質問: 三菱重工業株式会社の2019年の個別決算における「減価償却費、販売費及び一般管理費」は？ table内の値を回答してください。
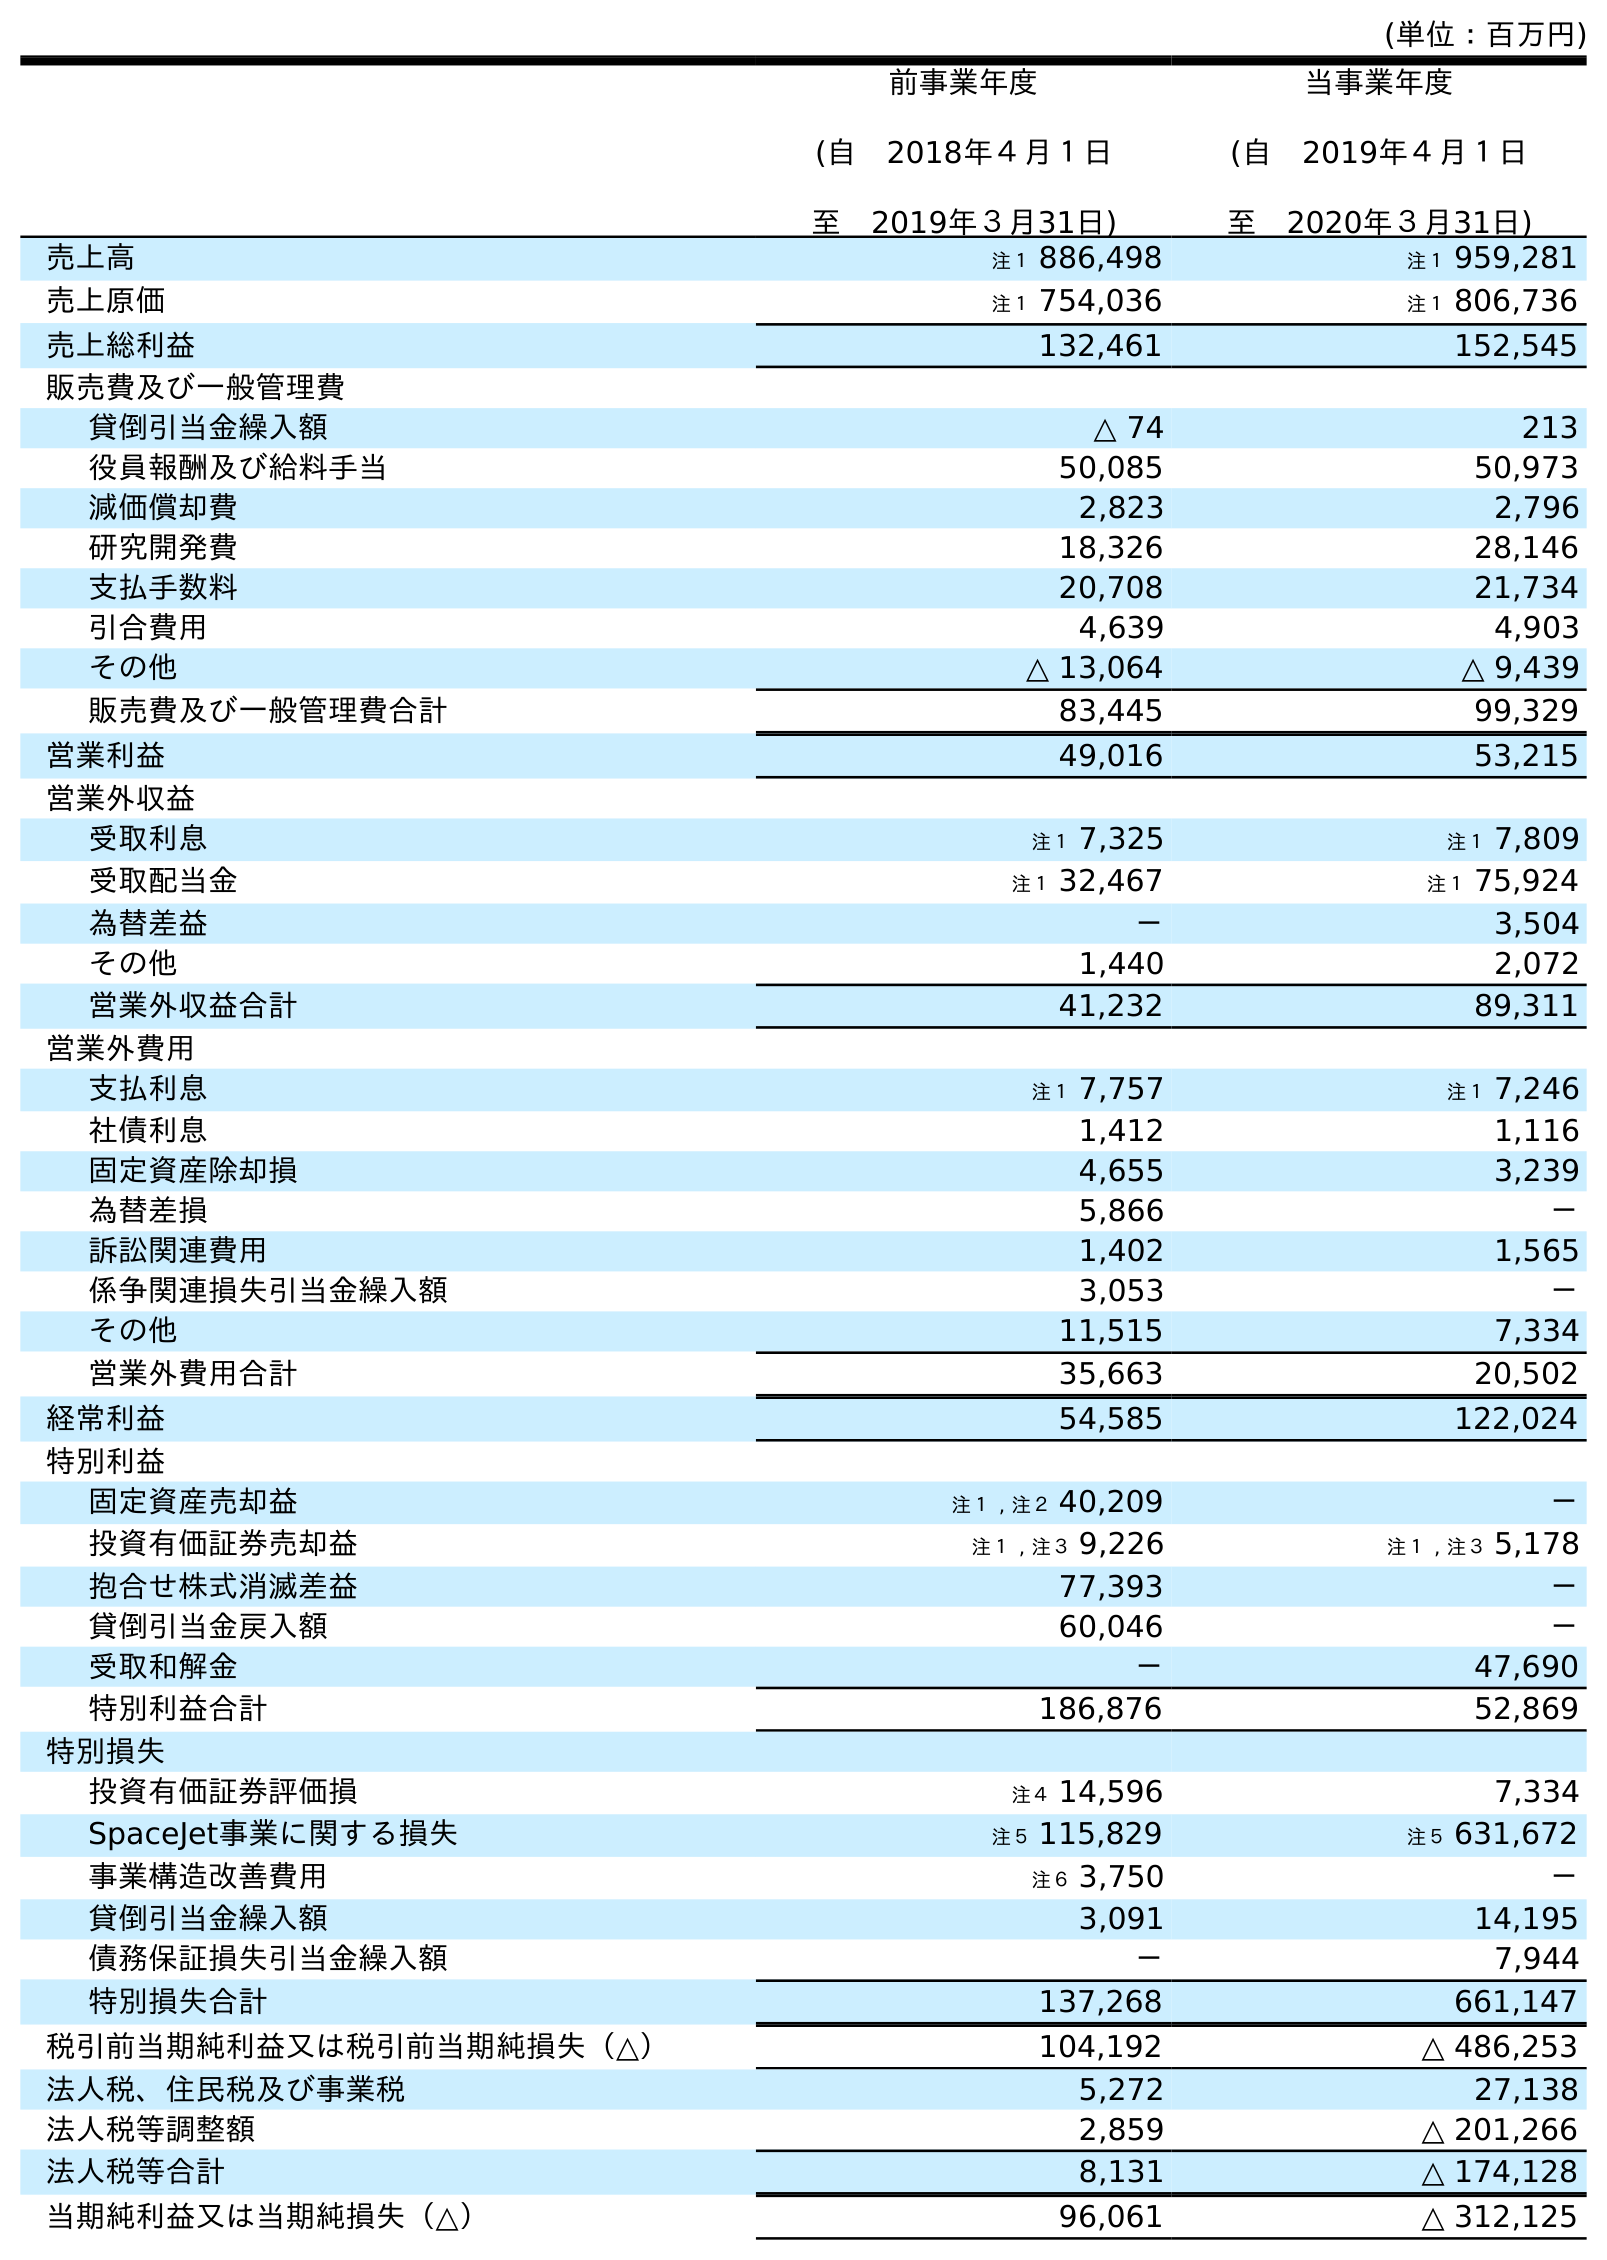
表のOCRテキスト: (単位：百万円) 前事業年度 (自 2018年４月１日 至 2019年３月31日) 当事業年度 (自 2019年４月１日 至 2020年３月31日) 売上高 注１ 886,498 注１ 959,281 売上原価 注１ 754,036 注１ 806,736 売上総利益 132,461 152,545 販売費及び一般管理費 貸倒引当金繰入額 △ 74 213 役員報酬及び給料手当 50,085 50,973 減価償却費 2,823 2,796 研究開発費 18,326 28,146 支払手数料 20,708 21,734 引合費用 4,639 4,903 その他 △ 13,064 △ 9,439 販売費及び一般管理費合計 83,445 99,329 営業利益 49,016 53,215 営業外収益 受取利息 注１ 7,325 注１ 7,809 受取配当金 注１ 32,467 注１ 75,924 為替差益 － 3,504 その他 1,440 2,072 営業外収益合計 41,232 89,311 営業外費用 支払利息 注１ 7,757 注１ 7,246 社債利息 1,412 1,116 固定資産除却損 4,655 3,239 為替差損 5,866 － 訴訟関連費用 1,402 1,565 係争関連損失引当金繰入額 3,053 － その他 11,515 7,334 営業外費用合計 35,663 20,502 経常利益 54,585 122,024 特別利益 固定資産売却益 注１ , 注２ 40,209 － 投資有価証券売却益 注１ , 注３ 9,226 注１ , 注３ 5,178 抱合せ株式消滅差益 77,393 － 貸倒引当金戻入額 60,046 － 受取和解金 － 47,690 特別利益合計 186,876 52,869 特別損失 投資有価証券評価損 注４ 14,596 7,334 SpaceJet事業に関する損失 注５ 115,829 注５ 631,672 事業構造改善費用 注６ 3,750 － 貸倒引当金繰入額 3,091 14,195 債務保証損失引当金繰入額 － 7,944 特別損失合計 137,268 661,147 税引前当期純利益又は税引前当期純損失（△） 104,192 △ 486,253 法人税、住民税及び事業税 5,272 27,138 法人税等調整額 2,859 △ 201,266 法人税等合計 8,131 △ 174,128 当期純利益又は当期純損失（△） 96,061 △ 312,125
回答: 2,823